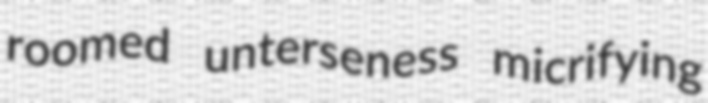
roomed unterseness micrifying